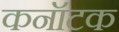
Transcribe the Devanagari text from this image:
कनॉटक